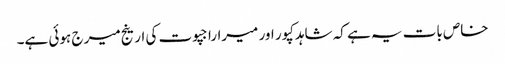
خاص بات یہ ہے کہ شاہدکپور اور میراراجپوت کی ارینج میر ج ہوئی ہے۔